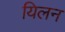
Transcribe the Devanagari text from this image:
यिलन